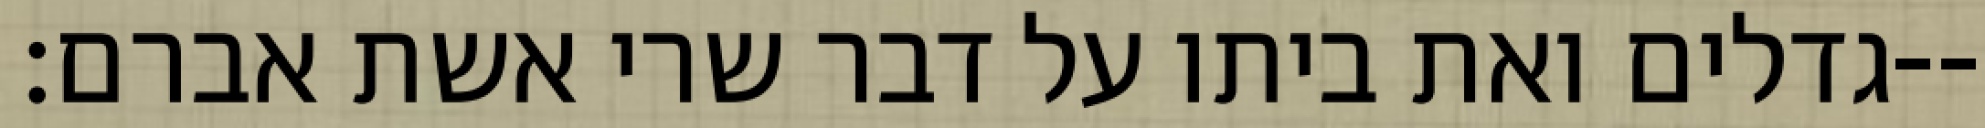
גדלים ואת ביתו על דבר שרי אשת אברם׃--